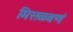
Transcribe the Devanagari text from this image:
मिसळवणं